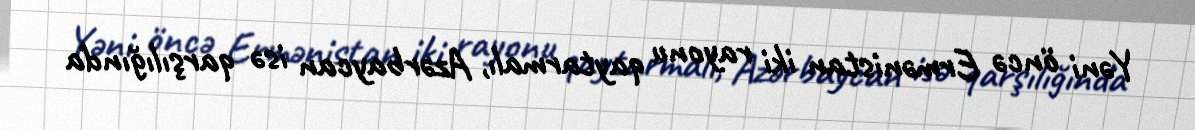
Yəni öncə Ermənistan iki rayonu qaytarmalı, Azərbaycan isə qarşılığında